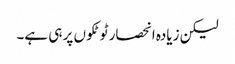
لیکن زیادہ انحصار ٹوٹکوں پر ہی ہے۔